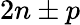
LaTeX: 2n\pm p